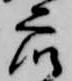
衆